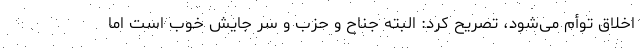
اخلاق توأم می‌شود، تصریح کرد: البته جناح و حزب و سر جایش خوب است اما